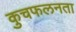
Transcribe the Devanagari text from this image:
कुचफलनता